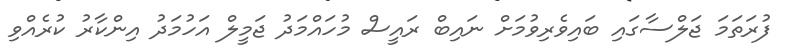
ފުރަތަމަ ޖަލްސާގައި ބައިވެރިވުމަށް ނައިބް ރައީސް މުހައްމަދު ޖަމީލް އަހުމަދު އިންކާރު ކުރެއްވި